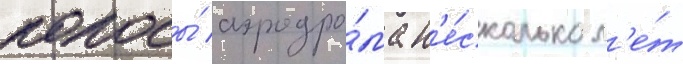
полосы́ аэродро́ма н'е́сколько л'е́т